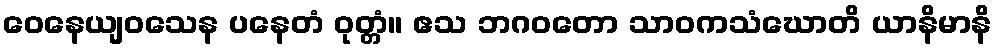
ဝေနေယျဝသေန ပနေတံ ဝုတ္တံ။ ဧသ ဘဂဝတော သာဝကသံဃောတိ ယာနိမာနိ